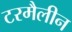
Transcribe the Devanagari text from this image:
टरमैलीन